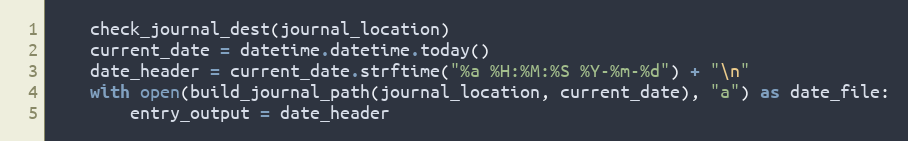
Language: Python
    check_journal_dest(journal_location)
    current_date = datetime.datetime.today()
    date_header = current_date.strftime("%a %H:%M:%S %Y-%m-%d") + "\n"
    with open(build_journal_path(journal_location, current_date), "a") as date_file:
        entry_output = date_header